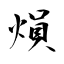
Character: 熉